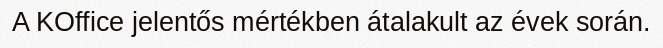
A KOffice jelentős mértékben átalakult az évek során.